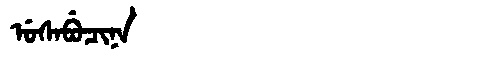
Manchu: ᡠᠰᠠᠪᡠᠴᡳᠨᠠ
Romanization: USABUCINA